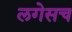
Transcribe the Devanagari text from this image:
लगेसच